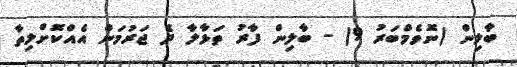
ބާލިން (ނޮވެމްބަރު 9) - ބާލިން ފާރު ތަޅާލާ ދެ ޖަރުމަން އެއްކޮށްލިތާ